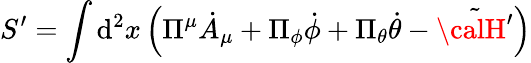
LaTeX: S^{\prime}=\int\mathrm{d}^{2}x\left(\Pi^{\mu}{\dot{{A}}}_{\mu}+\Pi_{\phi}{\dot{{\phi}}}+\Pi_{\theta}{\dot{{\theta}}}-\tilde{{\calH^{\prime}}}\right)